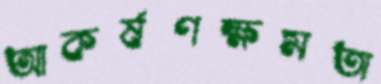
আকর্ষণক্ষমতা